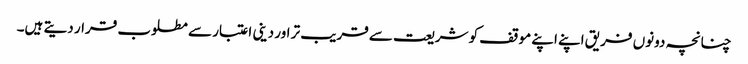
چنانچہ دونوں فریق اپنے اپنے موقف کو شریعت سے قریب تر اور دینی اعتبار سے مطلوب قرار دیتے ہیں۔